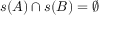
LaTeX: s ( A ) \cap s ( B ) = \emptyset